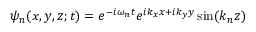
\psi _ { n } ( x , y , z ; t ) = e ^ { - i \omega _ { n } t } e ^ { i k _ { x } x + i k _ { y } y } \sin ( k _ { n } z )